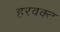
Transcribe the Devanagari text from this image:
हरवक्त